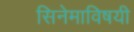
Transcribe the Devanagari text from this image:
सिनेमाविषयी